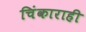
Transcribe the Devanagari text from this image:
चिंकाराही